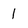
Character: 1